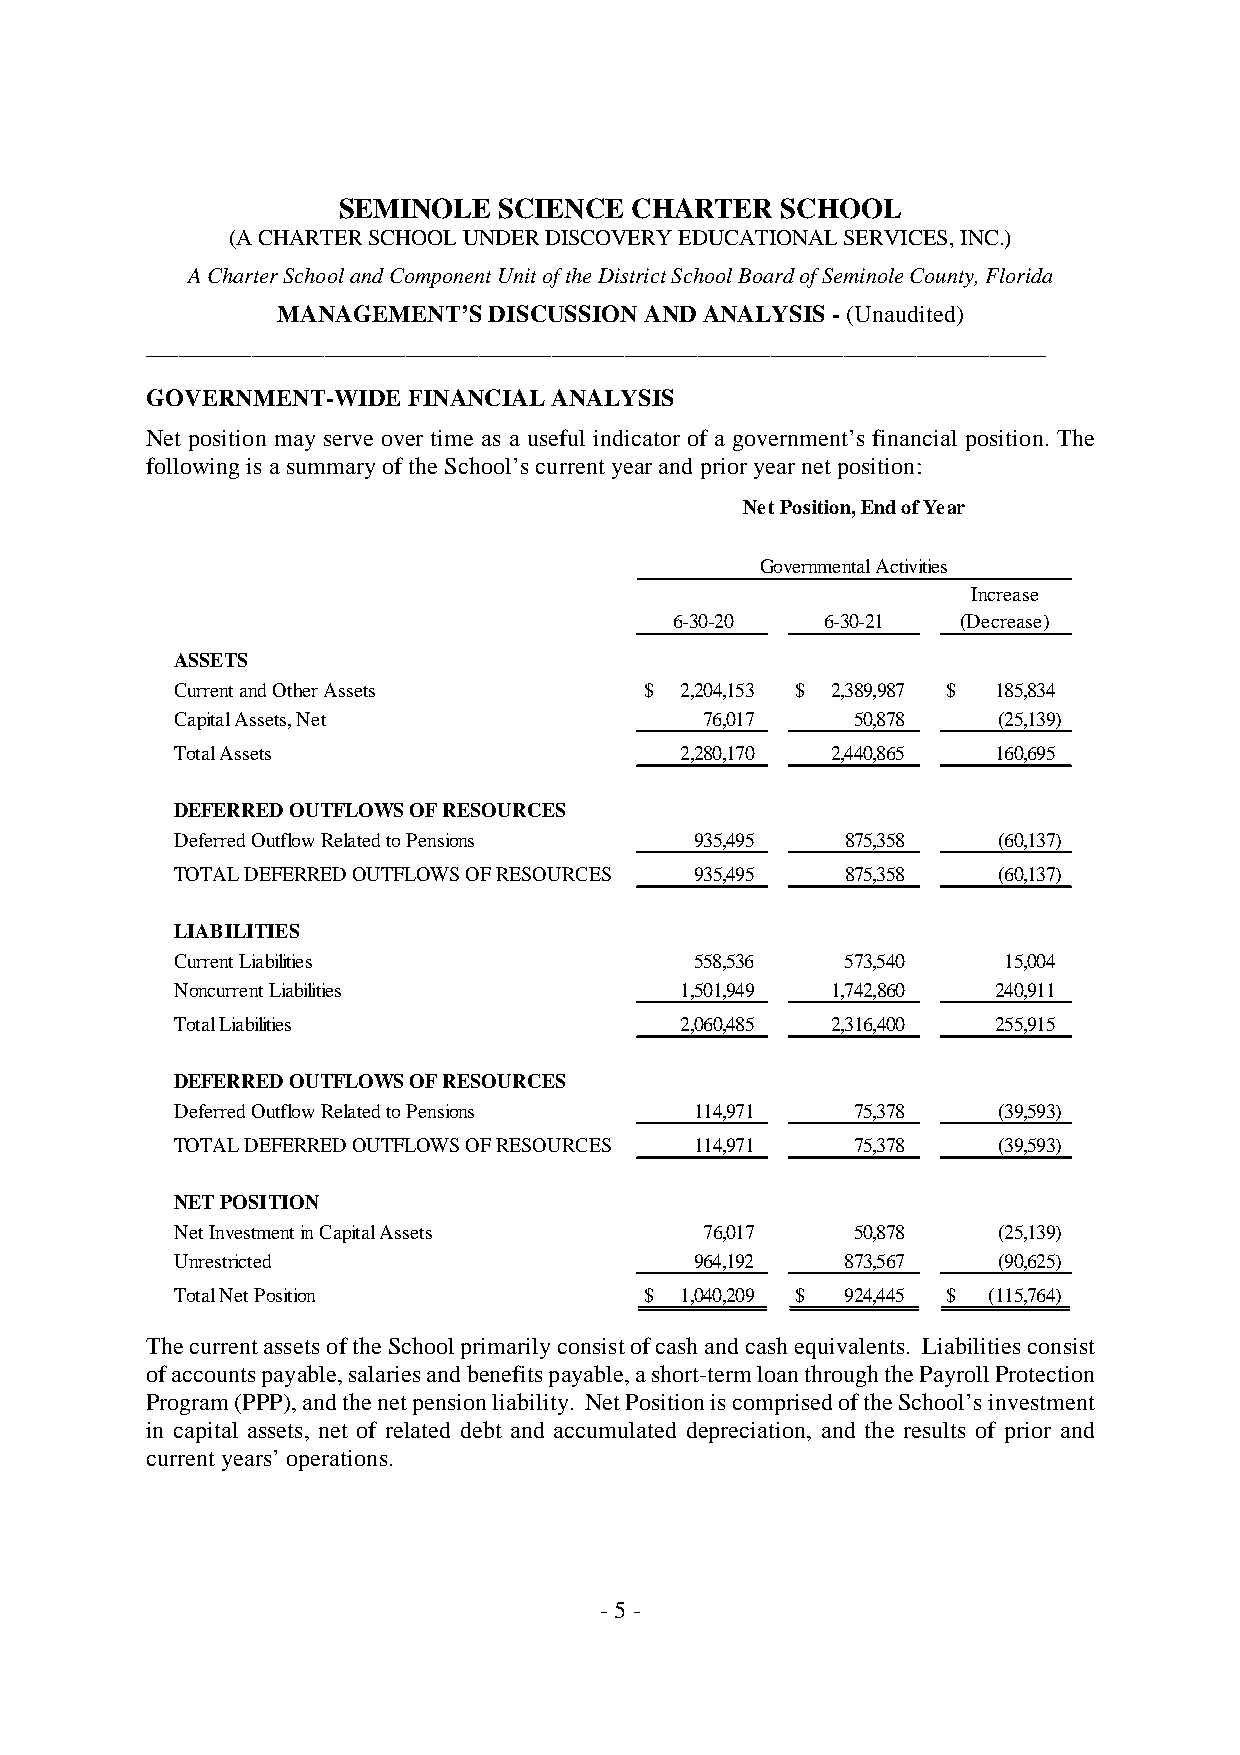
SEMINOLE   SCIENCE  CHARTER   SCHOOL
 (ACHARTERSCHOOLUNDERDISCOVERYEDUCATIONALSERVICES,INC.)
 ACharterSchoolandComponentUnitoftheDistrictSchoolBoardofSeminoleCounty,Florida
 MANAGEMENT’SDISCUSSIONANDANALYSIS-(Unaudited)
 _______________________________________________________________________________________________________________
 GOVERNMENT-WIDEFINANCIAL  ANALYSIS
 Net position may serve over time as a useful indicator of a government’s financial position. The
 followingis asummaryoftheSchool’scurrentyearandprioryearnetposition:
 NetPosition,EndofYear
 GovernmentalActivities
 Increase
 6-30-20   6-30-21  (Decrease)
 ASSETS
 CurrentandOtherAssets          $ 2,204,153 $ 2,389,987 $ 185,834
 CapitalAssets,Net                  76,017   50,878    (25,139)
 TotalAssets                      2,280,170 2,440,865  160,695
 DEFERREDOUTFLOWSOFRESOURCES
 DeferredOutflowRelatedtoPensions  935,495   875,358   (60,137)
 TOTALDEFERREDOUTFLOWSOFRESOURCES  935,495   875,358   (60,137)
 LIABILITIES
 CurrentLiabilities                558,536   573,540   15,004
 NoncurrentLiabilities            1,501,949 1,742,860  240,911
 TotalLiabilities                 2,060,485 2,316,400  255,915
 DEFERREDOUTFLOWSOFRESOURCES
 DeferredOutflowRelatedtoPensions  114,971    75,378   (39,593)
 TOTALDEFERREDOUTFLOWSOFRESOURCES  114,971    75,378   (39,593)
 NETPOSITION
 NetInvestmentinCapitalAssets       76,017    50,878   (25,139)
 Unrestricted                      964,192   873,567   (90,625)
 TotalNetPosition               $ 1,040,209 $ 924,445 $ (115,764)
 ThecurrentassetsoftheSchoolprimarilyconsistofcashandcashequivalents. Liabilitiesconsist
 ofaccountspayable,salariesandbenefitspayable,ashort-termloanthroughthePayrollProtection
 Program(PPP),andthenetpensionliability. NetPositioniscomprisedoftheSchool’sinvestment
 in capital assets, net of related debt and accumulated depreciation, and the results of prior and
 currentyears’operations.
 -5-